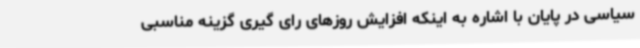
سیاسی در پایان با اشاره به اینکه افزایش روزهای رای گیری گزینه مناسبی